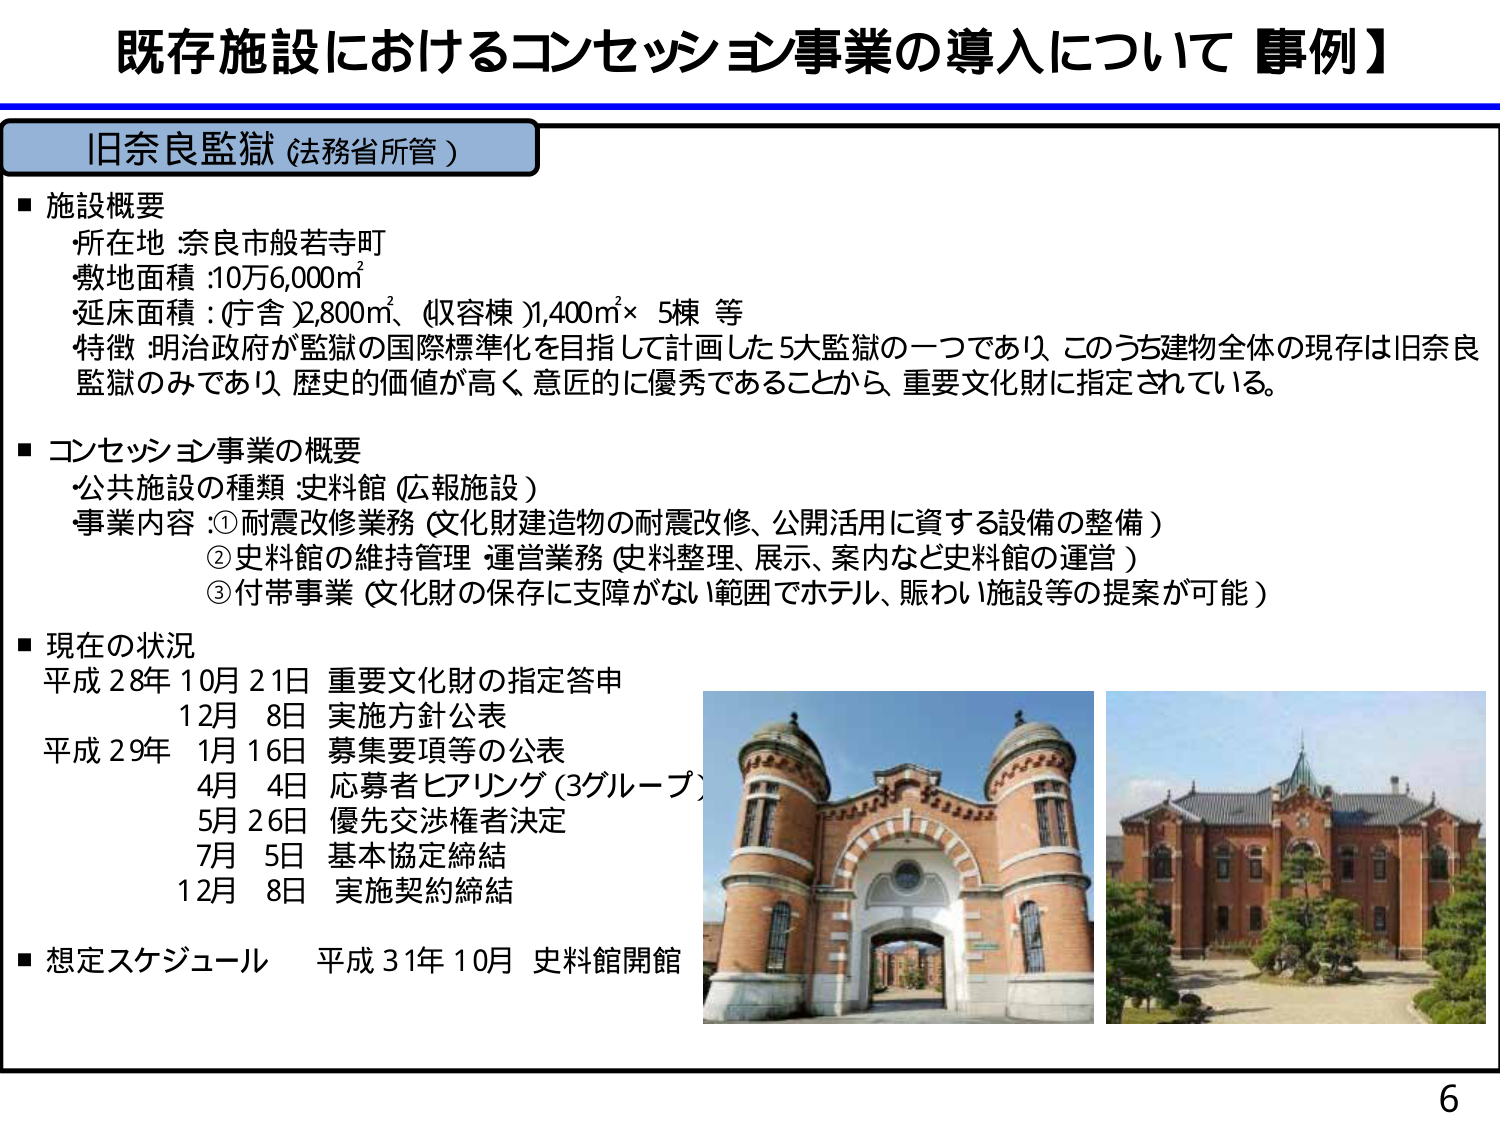
既存施設におけるコンセッション事業の導入について【事例】

旧奈良監獄（法務省所管）

■ 施設概要
・所在地：奈良市般若寺町
・敷地面積：10万6,000㎡
・延床面積：（庁舎）2,800㎡、（収容棟）1,400㎡×5棟 等
・特徴：明治政府が監獄の国際標準化を目指して計画した5大監獄の一つであり、このうち建物全体の現存は旧奈良監獄のみであり、歴史的価値が高く、意匠的に優秀であることから、重要文化財に指定されている。

■ コンセッション事業の概要
・公共施設の種類：史料館（広報施設）
・事業内容：
　① 耐震改修業務（文化財建造物の耐震改修、公開活用に資する設備の整備）
　② 史料館の維持管理・運営業務（史料整理、展示、案内など史料館の運営）
　③ 付帯事業（文化財の保存に支障がない範囲でホテル、賑わい施設等の提案が可能）

■ 現在の状況
平成28年 10月21日 重要文化財の指定答申
　　　　　12月 8日 実施方針公表
平成29年 1月16日 募集要項等の公表
　　　　　4月 4日 応募者ヒアリング（3グループ）
　　　　　5月26日 優先交渉権者決定
　　　　　7月 5日 基本協定締結
　　　　　12月 8日 実施契約締結

■ 想定スケジュール　平成31年10月 史料館開館

6